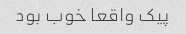
پیک واقعا خوب بود